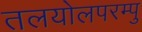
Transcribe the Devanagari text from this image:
तलयोलपरम्पु